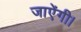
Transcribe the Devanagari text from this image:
जाऐंगी।